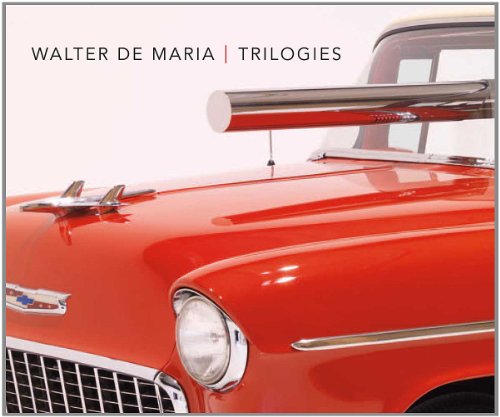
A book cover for Walter De Maria: Trilogies (Menil Collection); Arts & Photography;